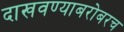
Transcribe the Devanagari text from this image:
दाखवण्याबरोबरच